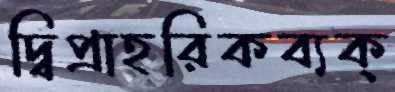
দ্বিপ্রাহরিকব্যক্